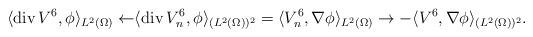
\begin{align*}\langle \mathrm{div}\, V^{6}, \phi\rangle_{L^{2}(\Omega)}\leftarrow & \langle \mathrm{div}\, V^{6}_{n}, \phi\rangle_{(L^{2}(\Omega))^{2}}= \langle V^{6}_{n}, \nabla \phi\rangle_{L^{2}(\Omega)}\to -\langle V^{6}, \nabla \phi\rangle_{(L^{2}(\Omega))^{2}}. \end{align*}